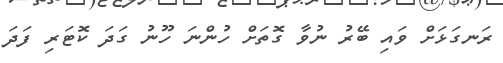
ރަނގަޅަށް ވައި ބޭރު ނުވާ ގޮތަށް ހުންނަ ހޫނު ގަދަ ކޮޓަރި ފަދަ